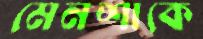
মেনশাকে